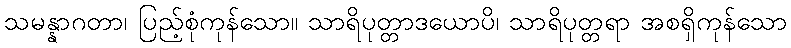
သမန္နာဂတာ၊ ပြည့်စုံကုန်သော။ သာရိပုတ္တာဒယောပိ၊ သာရိပုတ္တရာ အစရှိကုန်သော